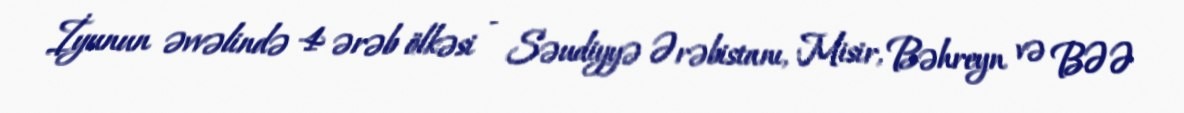
İyunun əvvəlində 4 ərəb ölkəsi - Səudiyyə Ərəbistanı, Misir, Bəhreyn və BƏƏ